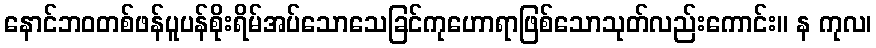
နောင်ဘဝတစ်ဖန်ပူပန်စိုးရိမ်အပ်သောသေခြင်ကုဟောရာဖြစ်သောသုတ်လည်းကောင်း။ န ကုလ၊